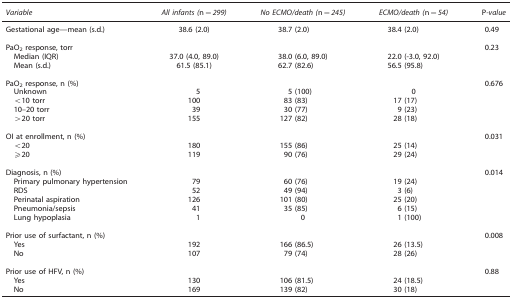
<table><thead><tr><td><b><i>Variable</i></b></td><td><b><i>All infants (</i>n<i>=299)</i></b></td><td><b><i>No ECMO/death (</i>n<i>=245)</i></b></td><td><b><i>ECMO/death (</i>n<i>=54)</i></b></td><td><b>P<i>-value</i></b></td></tr></thead><tbody><tr><td>Gestational age—mean (s.d.)</td><td>38.6 (2.0)</td><td>38.7 (2.0)</td><td>38.4 (2.0)</td><td>0.49</td></tr><tr><td> </td><td> </td><td> </td><td> </td><td> </td></tr><tr><td>PaO<sub>2</sub> response, torr</td><td> </td><td> </td><td> </td><td>0.23</td></tr><tr><td> Median (IQR)</td><td>37.0 (4.0, 89.0)</td><td>38.0 (6.0, 89.0)</td><td>22.0 (-3.0, 92.0)</td><td> </td></tr><tr><td> Mean (s.d.)</td><td>61.5 (85.1)</td><td>62.7 (82.6)</td><td>56.5 (95.8)</td><td> </td></tr><tr><td> </td><td> </td><td> </td><td> </td><td> </td></tr><tr><td>PaO<sub>2</sub> response, n (%)</td><td> </td><td> </td><td> </td><td>0.676</td></tr><tr><td> Unknown</td><td>5</td><td>5 (100)</td><td>0</td><td> </td></tr><tr><td> &lt;10 torr</td><td>100</td><td>83 (83)</td><td>17 (17)</td><td> </td></tr><tr><td> 10–20 torr</td><td>39</td><td>30 (77)</td><td>9 (23)</td><td> </td></tr><tr><td> &gt;20 torr</td><td>155</td><td>127 (82)</td><td>28 (18)</td><td> </td></tr><tr><td> </td><td> </td><td> </td><td> </td><td> </td></tr><tr><td>OI at enrollment, n (%)</td><td> </td><td> </td><td> </td><td>0.031</td></tr><tr><td> &lt;20</td><td>180</td><td>155 (86)</td><td>25 (14)</td><td> </td></tr><tr><td> ⩾20</td><td>119</td><td>90 (76)</td><td>29 (24)</td><td> </td></tr><tr><td> </td><td> </td><td> </td><td> </td><td> </td></tr><tr><td>Diagnosis, n (%)</td><td> </td><td> </td><td> </td><td>0.014</td></tr><tr><td> Primary pulmonary hypertension</td><td>79</td><td>60 (76)</td><td>19 (24)</td><td> </td></tr><tr><td> RDS</td><td>52</td><td>49 (94)</td><td>3 (6)</td><td> </td></tr><tr><td> Perinatal aspiration</td><td>126</td><td>101 (80)</td><td>25 (20)</td><td> </td></tr><tr><td> Pneumonia/sepsis</td><td>41</td><td>35 (85)</td><td>6 (15)</td><td> </td></tr><tr><td> Lung hypoplasia</td><td>1</td><td>0</td><td>1 (100)</td><td> </td></tr><tr><td> </td><td> </td><td> </td><td> </td><td> </td></tr><tr><td>Prior use of surfactant, n (%)</td><td> </td><td> </td><td> </td><td>0.008</td></tr><tr><td> Yes</td><td>192</td><td>166 (86.5)</td><td>26 (13.5)</td><td> </td></tr><tr><td> No</td><td>107</td><td>79 (74)</td><td>28 (26)</td><td> </td></tr><tr><td> </td><td> </td><td> </td><td> </td><td> </td></tr><tr><td>Prior use of HFV, n (%)</td><td> </td><td> </td><td> </td><td>0.88</td></tr><tr><td> Yes</td><td>130</td><td>106 (81.5)</td><td>24 (18.5)</td><td> </td></tr><tr><td> No</td><td>169</td><td>139 (82)</td><td>30 (18)</td><td> </td></tr></tbody></table>